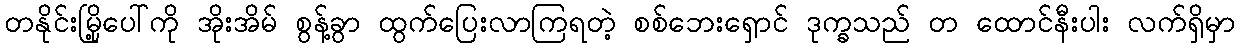
တနိုင်းမြို့ပေါ်ကို အိုးအိမ် စွန့်ခွာ ထွက်ပြေးလာကြရတဲ့ စစ်ဘေးရှောင် ဒုက္ခသည် တ ထောင်နီးပါး လက်ရှိမှာ